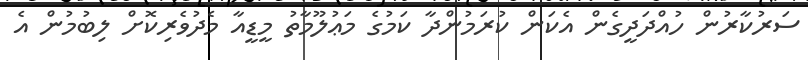
ސަރުކާރުން ހުއްދަދީގެން އެކަން ކުރަމުންދާ ކަމުގެ މަޢުލޫމާތު މީޑީއާ މެދުވެރިކޮށް ލިބުމުން އެ